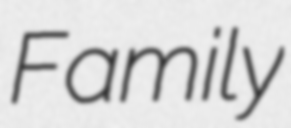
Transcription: Family